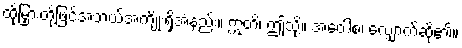
ထိုမြှားတို့ဖြင့်အဘယ်အကျိုးရှိအံ့နည်း။ ဣတိ၊ ဤသို့။ အဝေါစ၊ လျှောက်ဆို၏။